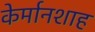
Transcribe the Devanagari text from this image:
केर्मानशाह